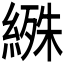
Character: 𬗰